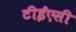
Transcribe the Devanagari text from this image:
टीईएसी